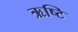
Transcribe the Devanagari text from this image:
ऋष्टि